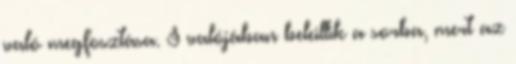
való megfosztása. S valójában beleillik a sorba, mert az